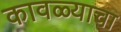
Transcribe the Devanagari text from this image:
कावळ्याचा